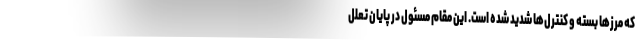
که مرز‌ها بسته و کنترل‌ها شدید شده است. این مقام مسئول در پایان تعلل